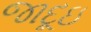
જાદૂઇ